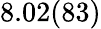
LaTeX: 8.02(83)